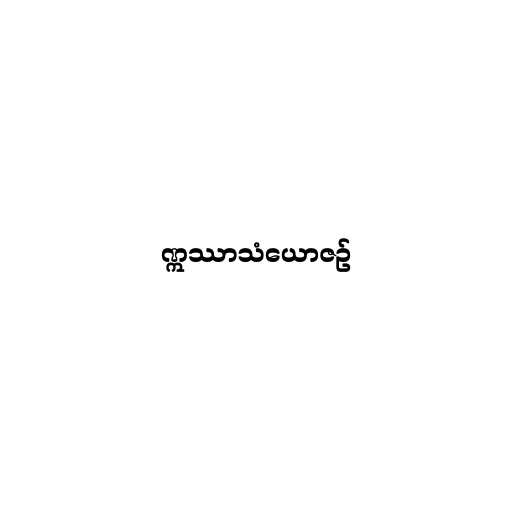
ဣဿာသံယောဇဉ်